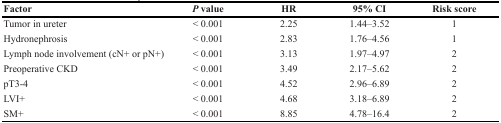
<table><thead><tr><td><b>Factor</b></td><td><b><i>P</i> value</b></td><td><b>HR</b></td><td><b>95% CI</b></td><td><b>Risk score</b></td></tr></thead><tbody><tr><td>Tumor in ureter</td><td>&lt; 0.001</td><td>2.25</td><td>1.44–3.52</td><td>1</td></tr><tr><td>Hydronephrosis</td><td>&lt; 0.001</td><td>2.83</td><td>1.76–4.56</td><td>1</td></tr><tr><td>Lymph node involvement (cN+ or pN+)</td><td>&lt; 0.001</td><td>3.13</td><td>1.97–4.97</td><td>2</td></tr><tr><td>Preoperative CKD</td><td>&lt; 0.001</td><td>3.49</td><td>2.17–5.62</td><td>2</td></tr><tr><td>pT3-4</td><td>&lt; 0.001</td><td>4.52</td><td>2.96–6.89</td><td>2</td></tr><tr><td>LVI+</td><td>&lt; 0.001</td><td>4.68</td><td>3.18–6.89</td><td>2</td></tr><tr><td>SM+</td><td>&lt; 0.001</td><td>8.85</td><td>4.78–16.4</td><td>2</td></tr></tbody></table>